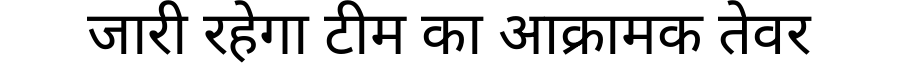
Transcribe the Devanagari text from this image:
जारी रहेगा टीम का आक्रामक तेवर